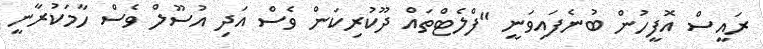
ރައީސް އޮފީހުން ބުނެފައިވަނީ "ފްލެޓްތައް ދޫކުރިކަން ވެސް އަދި އުސޫލް ވެސް ހާމަކުރާނީ